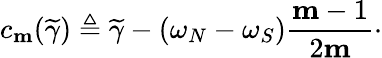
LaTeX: c_{\mathbf{m}}(\widetilde{\gamma})\triangleq\widetilde{\gamma}-(\omega_{N}-\omega_{S})\frac{\mathbf{m}-1}{2\mathbf{m}}\cdot